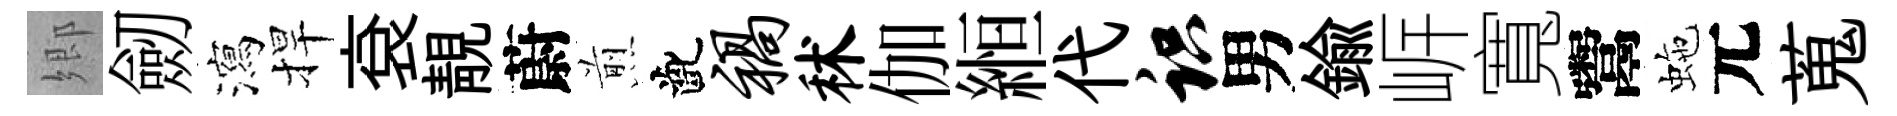
郷劒瀉捍袞靚蔚煎齔祸秫伽縆代识男鍮㟁寬鬻虵元蒐